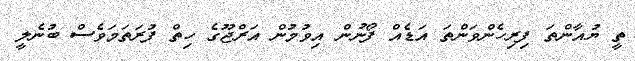
ތީ ޔުއާންތަ ފިރިހެންވަންތަ އަޑެއް ފޯނުން އިވުމުން އަރްޖޫގެ ހިތް ފުރަތަމަވެސް ބުނެލީ